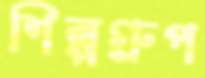
শিল্পগ্রুপ